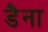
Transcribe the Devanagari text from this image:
डैना